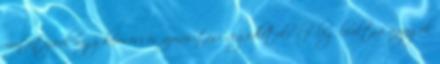
mutatójáról vagy keresési és azonosítási segédletekről főleg levéltári anyagok